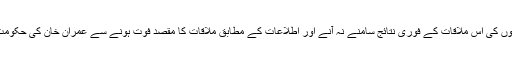
البتہ اپوزیشن کی دونوں پارٹیوں کی اس ملاقات کے فوری نتائج سامنے نہ آنے اور اطلاعات کے مطابق ملاقات کا مقصد فوت ہونے سے عمران خان کی حکومت کو اطمینان حاصل ہوا ہوگا۔